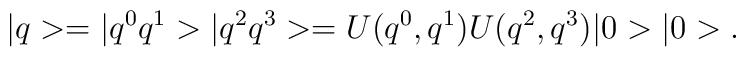
|q>=|q^0q^1>|q^2q^3>=U(q^0,q^1)U(q^2,q^3)|0>|0>.